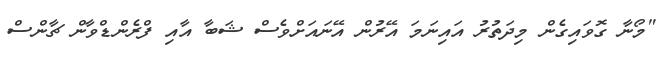
"މޯނާ ގޮވައިގެން މިދަތުރު އައިނަމަ އޭރުން އޭނައަށްވެސް ޝަބާ އާއި ފްރެންޑްވާން ޗާންސް